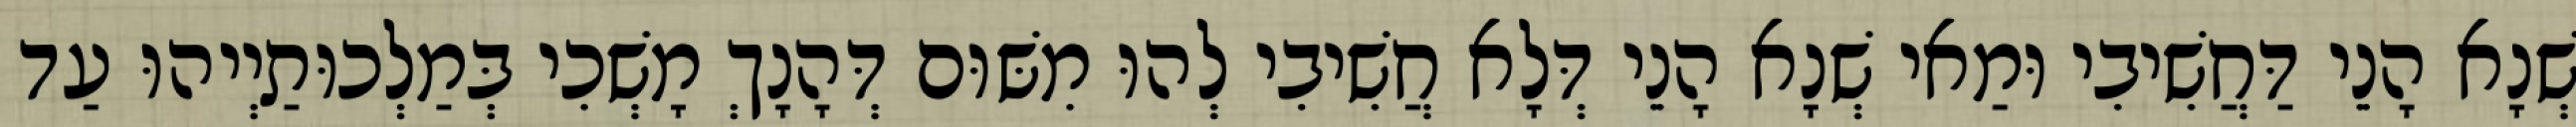
שְׁנָא הָנֵי דַּחֲשִׁיבִי וּמַאי שְׁנָא הָנֵי דְּלָא חֲשִׁיבִי לְהוּ מִשּׁוּם דְּהָנָךְ מָשְׁכִי בְּמַלְכוּתַיְיהוּ עַד